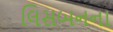
લિસબનના